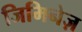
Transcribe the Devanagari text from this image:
जिमिनेज़